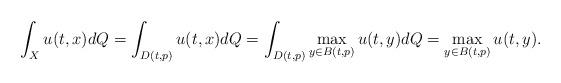
LaTeX: \begin{align*}\int_Xu(t,x)dQ=\int_{D(t,p)}u(t,x)dQ& =\int_{D(t,p)}\max_{y\in B(t,p)}u(t,y)dQ=\max_{y\in B(t,p)}u(t,y). \end{align*}